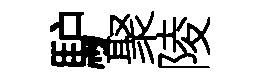
馿聚陵